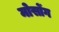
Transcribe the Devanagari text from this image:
मोसोंग